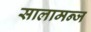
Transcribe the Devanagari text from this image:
सालामन्ज